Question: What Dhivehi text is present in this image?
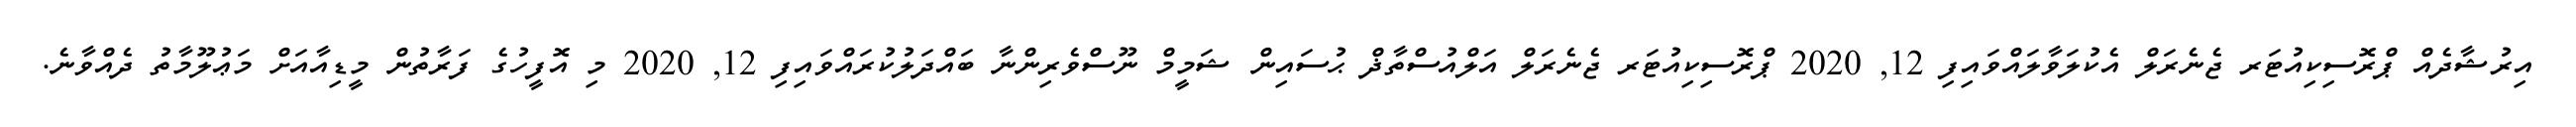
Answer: އިރުޝާދެއް ޕްރޮސިކިއުޓަރ ޖެނެރަލް އެކުލަވާލައްވައިފި 12, 2020 ޕްރޮސިކިއުޓަރ ޖެނެރަލް އަލްއުސްތާޛް ޙުސައިން ޝަމީމް ނޫސްވެރިންނާ ބައްދަލުކުރައްވައިފި 12, 2020 މި އޮފީހުގެ ފަރާތުން މީޑިއާއަށް މަޢުލޫމާތު ދެއްވާނެ.